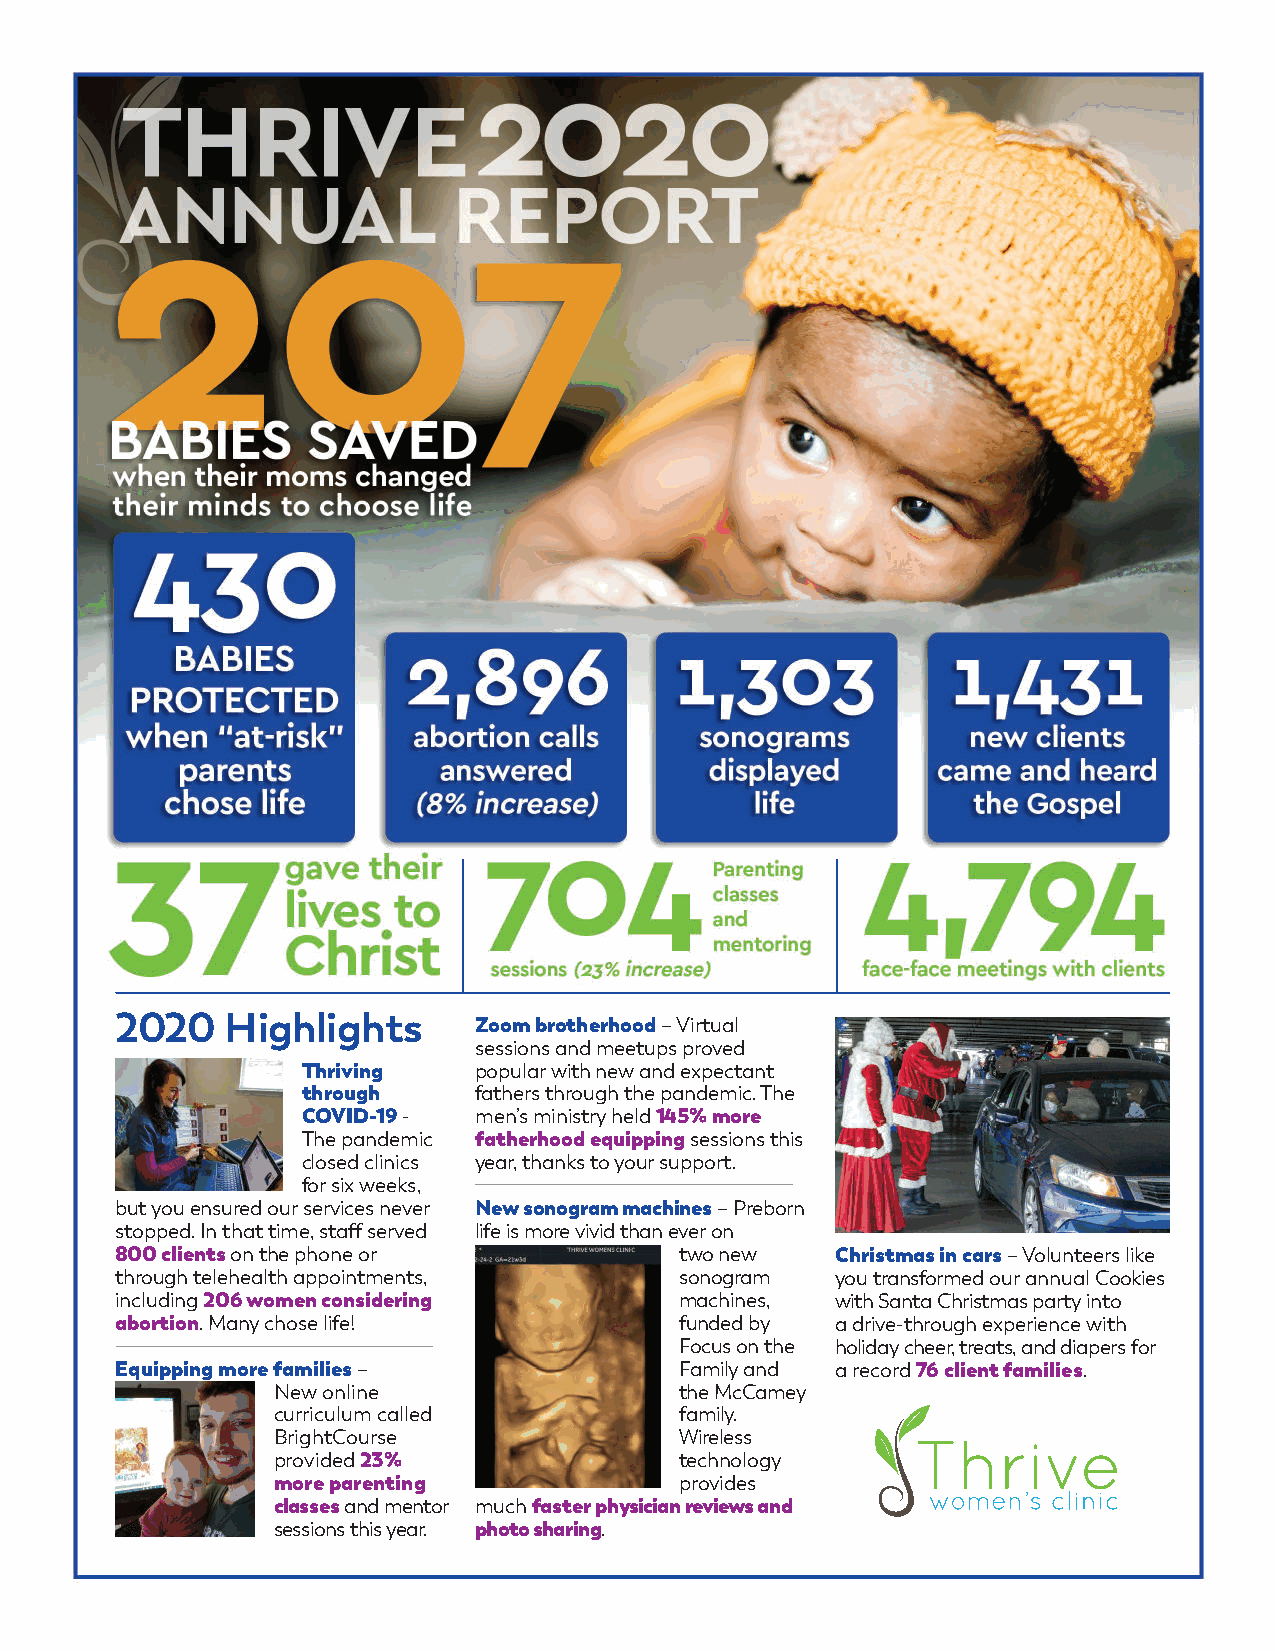
2020   Highlights
 Zoom brotherhood – Virtual
 sessions and meetups proved
 Thriving   popular with new and expectant
 through    fathers through the pandemic. The
 COVID-19 - men’s ministry held 145% more
 The pandemic fatherhood equipping sessions this
 closed clinics year, thanks to your support.
 for six weeks,
 but you ensured our services never New sonogram machines – Preborn
 stopped. In that time, staff served life is more vivid than ever on
 800 clients on the phone or          two new   Christmas in cars – Volunteers like
 through telehealth appointments,     sonogram  you transformed our annual Cookies
 including 206 women considering      machines, with Santa Christmas party into
 abortion. Many chose life!           funded by a drive-through experience with
 Focus on the holiday cheer, treats, and diapers for
 Equipping more families –            Family and a record 76 client families.
 New online                 the McCamey
 curriculum called          family.
 BrightCourse               Wireless
 provided 23%               technology
 more parenting             provides
 classes and mentor much faster physician reviews and
 sessions this year. photo sharing.